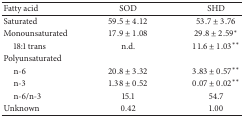
<table><thead><tr><td><b>Fatty acid</b></td><td><b>SOD</b></td><td><b>SHD</b></td></tr></thead><tbody><tr><td>Saturated</td><td>59.5 ± 4.12</td><td>53.7 ± 3.76</td></tr><tr><td>Monounsaturated</td><td>17.9 ± 1.08</td><td>29.8 ± 2.59*</td></tr><tr><td> 18:1 trans </td><td>n.d.</td><td>11.6 ± 1.03**</td></tr><tr><td>Polyunsaturated</td><td> </td><td> </td></tr><tr><td> n-6</td><td>20.8 ± 3.32</td><td>3.83 ± 0.57**</td></tr><tr><td> n-3</td><td>1.38 ± 0.52</td><td>0.07 ± 0.02**</td></tr><tr><td> n-6/n-3</td><td> 15.1</td><td> 54.7</td></tr><tr><td>Unknown</td><td> 0.42</td><td> 1.00</td></tr></tbody></table>